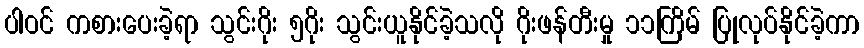
ပါဝင် ကစားပေးခဲ့ရာ သွင်းဂိုး ၅ဂိုး သွင်းယူနိုင်ခဲ့သလို ဂိုးဖန်တီးမှု ၁၁ကြိမ် ပြုလုပ်နိုင်ခဲ့ကာ